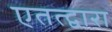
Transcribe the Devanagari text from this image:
एतत्द्वारा